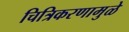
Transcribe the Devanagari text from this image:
चित्रिकरणामुळे